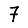
Digit: 7